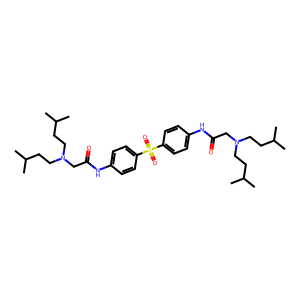
SMILES: CC(C)CCN(CCC(C)C)CC(=O)Nc1ccc(S(=O)(=O)c2ccc(NC(=O)CN(CCC(C)C)CCC(C)C)cc2)cc1
Inhibits HIV replication: No